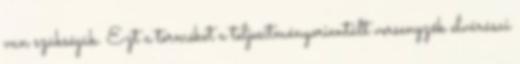
van szükségük. Ezt a terméket a teljesítményorientált versenyzők elvárásai